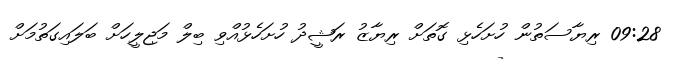
09:28 ރިޔާސަތުން ހުށަހެޅި ގޮތަށް ރިޔާޒު ރަޝީދު ހުށަހެޅުއްވި ބިލް މަޖިލީހަށް ބަލައިގަތުމަށް